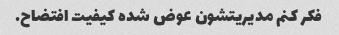
فکر کنم مدیریتشون عوض شده کیفیت افتضاح.